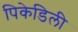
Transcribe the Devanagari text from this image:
पिकेडिली